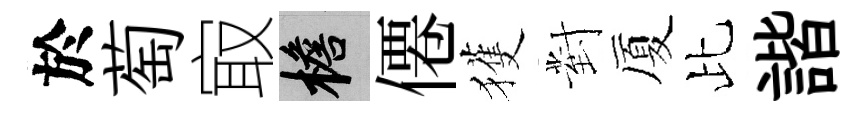
於萄㝡檐僊獲對厦比諧